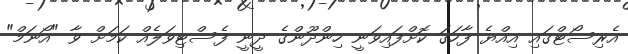
އެރިސޯޓްގައި އިއްޔެ ފާހަގަ ކޮށްފައިވަނީ ހިންދޫންގެ ދީނީ ފެސްޓިވަލެއް ކަމަށް ވާ "އޯނަމް"